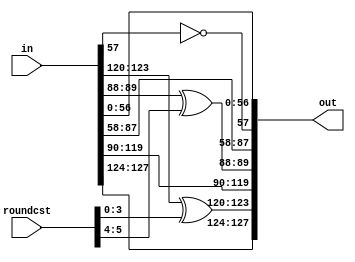
`timescale 1ns/1ps
module addConst (in, roundcst, out);
input [128-1 : 0] in;
input [6-1 : 0] roundcst;
output [128-1 : 0] out;

assign out[123:120] = in[123:120] ^ roundcst[3:0];
assign out[89:88] = in[89:88] ^ roundcst[5:4];
assign out[57] = ~in[57];
assign out[128 - 1 : 124] = in[128 - 1 : 124];
assign out[120 - 1 : 90] = in[120 - 1 : 90];
assign out[88 - 1 : 58] = in[88 - 1 : 58];
assign out[57 - 1 : 0] = in[57 - 1 : 0];

endmodule